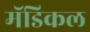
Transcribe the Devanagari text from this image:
मॅडिकल